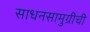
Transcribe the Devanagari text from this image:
साधनसामुग्रीची